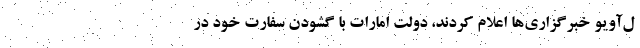
ل‌آویو خبرگزاری‌ها اعلام کردند، دولت امارات با گشودن سفارت خود در